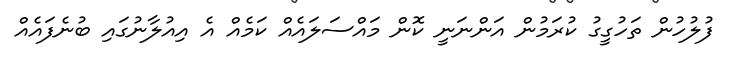
ފުލުހުން ތަހުގީގު ކުރަމުން އަންނަނީ ކޮން މައްސަލައެއް ކަމެއް އެ އިއުލާނުގައި ބުނެފައެއް